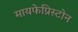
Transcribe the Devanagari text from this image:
मायफेप्रिस्टोन